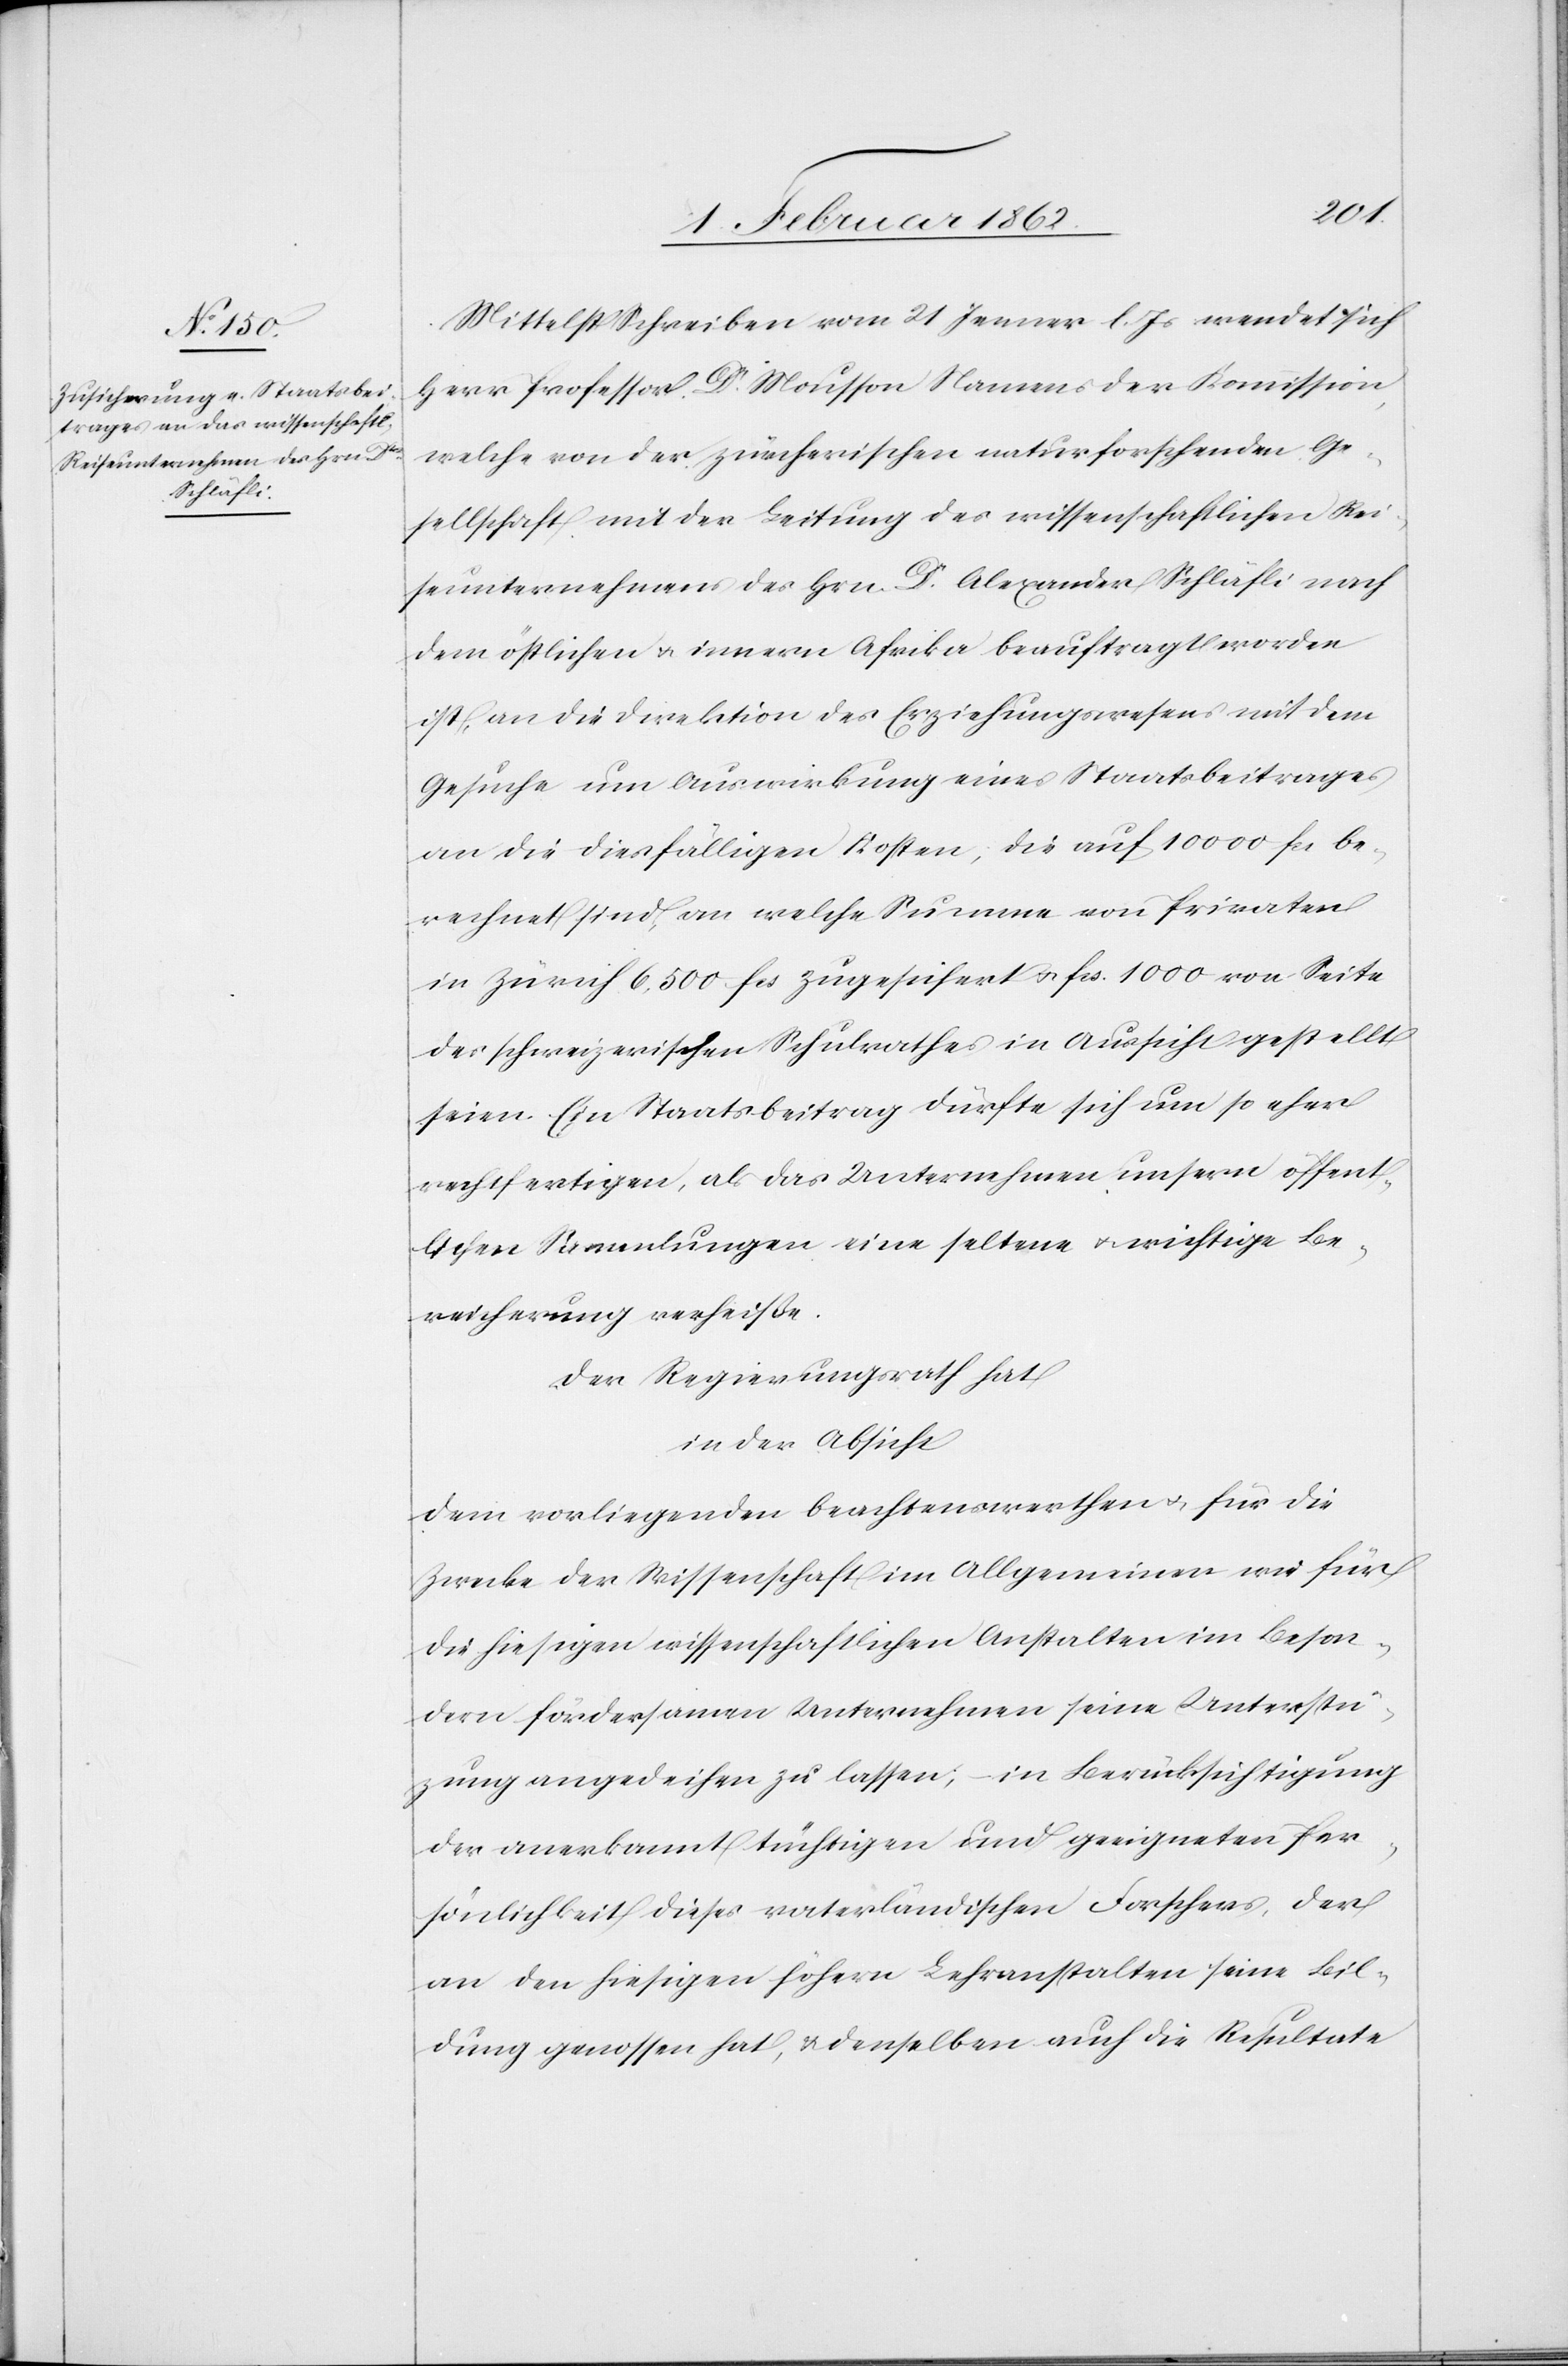
Mittelst Schreiben vom 21 Jenner l. Js wendet sich
Herr Professor Dr. Mousson Namens der Kommission,
welche von der zürcherischen naturforschenden Ge¬
sellschaft mit der Leitung des wissenschaftlichen Rei¬
seunternehmens des Hrn. Dr. Alexander Schläfli nach
dem östlichen u. innern Afrika beauftragt worden
ist, an die Direktion des Erziehungswesens mit dem
Gesuche um Auswirkung eines Staatsbeitrages
an die diesfälligen Kosten, die auf 10 000 fcs be¬
rechnet sind, an welche Summe von Privaten
in Zürich 6,500 fcs zugesichert u. fcs. 1000 von Seite
des schweizerischen Schulrathes in Aussicht gestellt
seien. Ein Staatsbeitrag dürfte sich um so eher
rechtfertigen, als das Unternehmen unsern öffent¬
lichen Sammlungen eine seltene u. wichtige Be¬
reicherung verheiße.
Der Regierungsrath hat
in der Absicht
dem vorliegenden beachtenswerthen u. für die
Zwecke der Wissenschaft im Allgemeinen wie für
die hiesigen wissenschaftlichen Anstalten im Beson¬
dern fördersamen Unternehmen seine Unterstü¬
tzung angedeihen zu lassen; in Berücksichtigung
der anerkannt tüchtigen und geeigneten Per¬
sönlichkeit dieses vaterländischen Forschers, der
an den hiesigen höhern Lehranstalten seine Bil¬
dung genossen hat, & denselben auch die Resultate